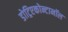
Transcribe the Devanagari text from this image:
डोट्रिएकोन्टानॉल